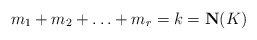
\begin{align*}m_1+m_2+\ldots+m_r=k=\mathbf{N}(K)\end{align*}